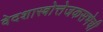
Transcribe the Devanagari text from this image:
वेदशास्त्रोत्तेजकसभेची